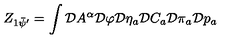
Z _ { 1 \bar { \psi } ^ { \prime } } = \int \mathcal { D } A ^ { \alpha } \mathcal { D } \varphi \mathcal { D } \eta _ { a } \mathcal { D } C _ { a } \mathcal { D } \pi _ { a } \mathcal { D } p _ { a }